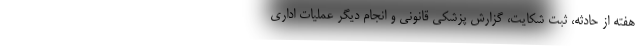
هفته از حادثه، ثبت شکایت، گزارش پزشکی قانونی و انجام دیگر عملیات اداری